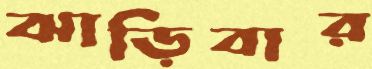
ঝাড়িবার